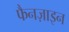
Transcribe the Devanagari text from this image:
फैनज़ाइन